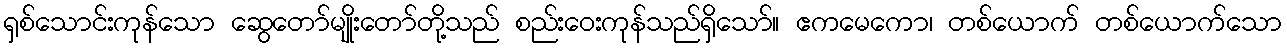
ရှစ်သောင်းကုန်သော ဆွေတော်မျိုးတော်တို့သည် စည်းဝေးကုန်သည်ရှိသော်။ ဧကမေကော၊ တစ်ယောက် တစ်ယောက်သော